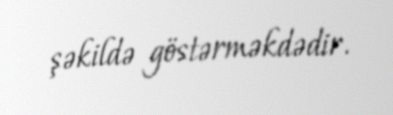
şəkildə göstərməkdədir.